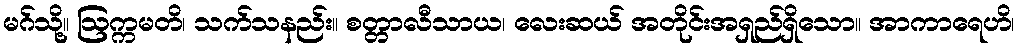
မဂ်သို့။ ဩက္ကမတိ၊ သက်သနည်း။ စတ္တာလီသာယ၊ လေးဆယ် အတိုင်းအရှည်ရှိသော။ အာကာရေဟိ၊